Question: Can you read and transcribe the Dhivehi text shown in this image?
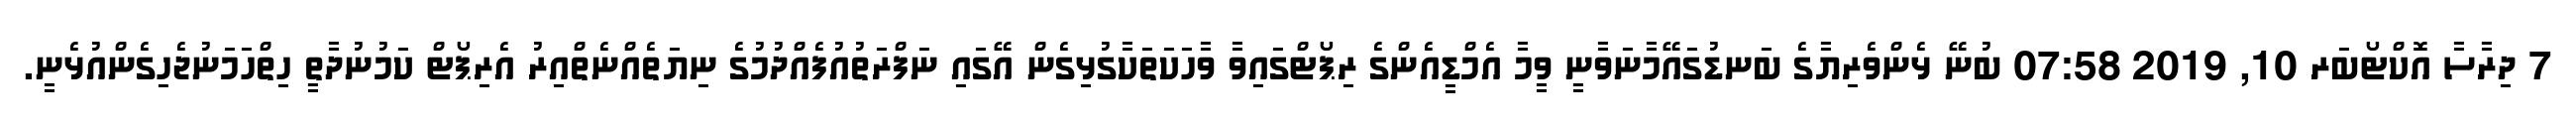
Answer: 7 ދިރާސާ އޮކްޓޯބަރ 10, 2019 07:58 ބުނޭ ޅެންވެރިޔާގެ ބަނޑުގައޭމާނަވާނީ ވީމާ އެމްޑީއެންގެ ރިޕޯޓްގައިވާ ވާހަކަތަކާގުޅިގެން އޭގައި ނަފްރަތުއުފެއްދުމުގެ ނިޔަތެއްނެތްއިރު އެރިޕޯޓް ކަމުނުދާތީ ހިތްހަމަނުޖެހިގެންއުޅެނީ.